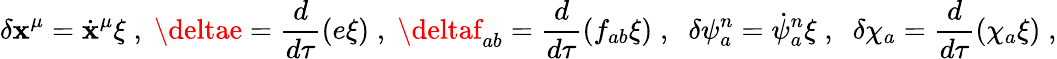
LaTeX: \delta\mathbf{x}^{\mu}={\dot{{\mathbf{x}}}}^{\mu}\xi\; ,\; \deltae=\frac{{d}}{{d\tau}}\left(e\xi\right)\; ,\; \deltaf_{ab}=\frac{{d}}{{d\tau}}\left(f_{ab}\xi\right)\; ,\; \; \delta\psi_{a}^{n}=\dot{{\psi}}_{a}^{n}\xi\; ,\; \; \delta{\chi}_{a}=\frac{{d}}{{d\tau}}\left(\chi_{a}\xi\right)\; ,